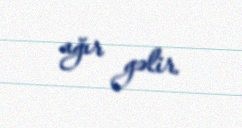
ağır gəlir.